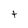
Character: t